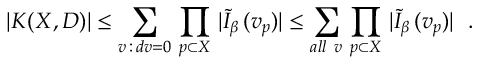
\left. | K ( X , D ) | \leq \sum _ { v \, : \, d v = 0 } \, \prod _ { p \subset X } \, | \tilde { I } _ { \beta } \, ( v _ { p } ) | \leq \sum _ { a l l \ v } \, \prod _ { p \subset X } \, | \tilde { I } _ { \beta } \, ( v _ { p } ) | \right. \ .